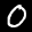
Label: 0